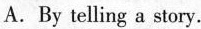
A.By telling a story.